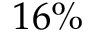
1 6 \%